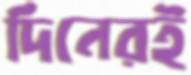
দিনেরই